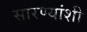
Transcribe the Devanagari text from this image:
सारण्यांशी